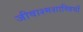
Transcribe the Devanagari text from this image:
जीवाश्मशास्त्रियों